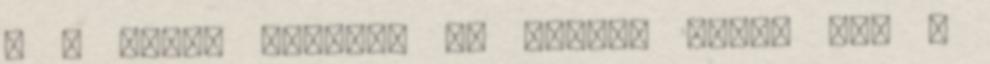
h a hülye Fletóék jó mélyre ásták azt a